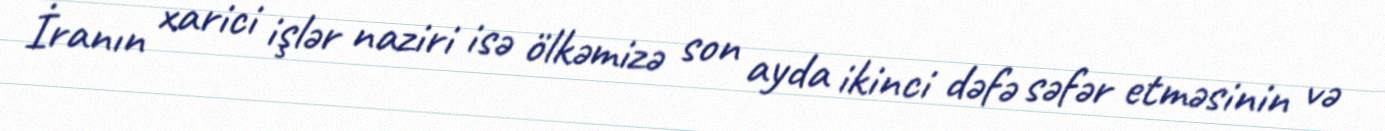
İranın xarici işlər naziri isə ölkəmizə son ayda ikinci dəfə səfər etməsinin və